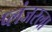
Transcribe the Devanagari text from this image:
प्लंजरला